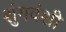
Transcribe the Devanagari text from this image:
शुंगवंशी